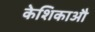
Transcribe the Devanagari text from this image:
केशिकाऔ